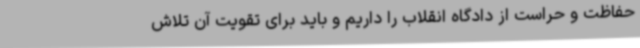
حفاظت و حراست از دادگاه انقلاب را داریم و باید برای تقویت آن تلاش